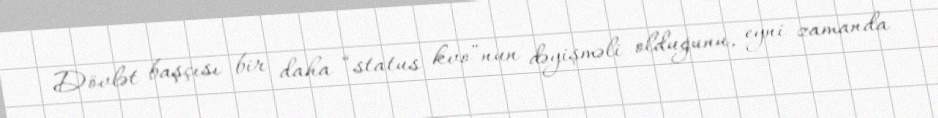
Dövlət başçısı bir daha “status kvo”nun dəyişməli olduğunu, eyni zamanda